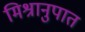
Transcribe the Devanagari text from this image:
मिश्रानुपात